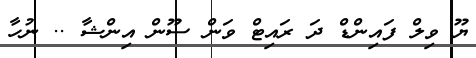
ޔޫ ވިލް ފައިންޑް ދަ ރައިޓް ވަން ސޫން އިންޝާ .. ނުހާ